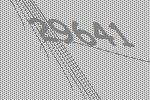
29641